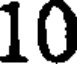
10